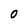
Character: O